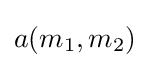
a(m_{1},m_{2})